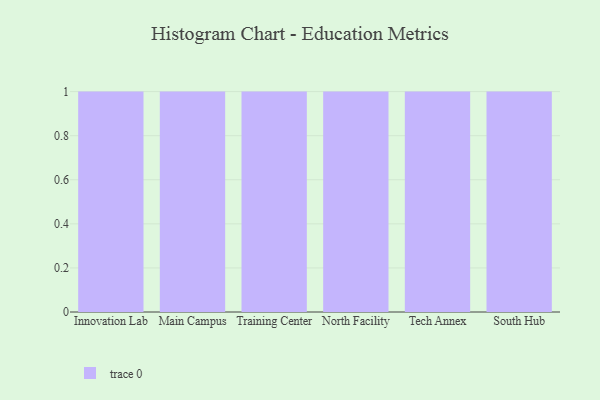
{"axis": {"x": "Campus", "y": "Energy Usage (MWh)"}, "legend": [""], "data": [{"x": "Innovation Lab", "y": 21, "type": ""}, {"x": "Main Campus", "y": 68, "type": ""}, {"x": "Training Center", "y": 61, "type": ""}, {"x": "North Facility", "y": 76, "type": ""}, {"x": "Tech Annex", "y": 94, "type": ""}, {"x": "South Hub", "y": 42, "type": ""}]}